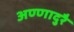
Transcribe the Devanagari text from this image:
अण्णादुरै